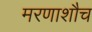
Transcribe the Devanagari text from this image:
मरणाशौच